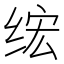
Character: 𫟄